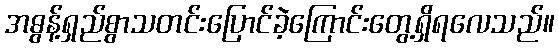
အဓွန့်ရှည်စွာသတင်းပြောင်ခဲ့ကြောင်းတွေ့ရှိရလေသည်။